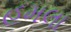
હૂમલા